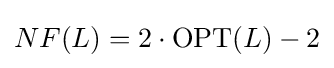
NF(L)=2\cdot \mathrm {OPT} (L)-2